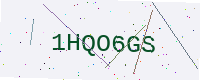
Text: 1HQO6GS